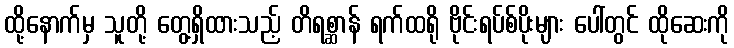
ထို့နောက်မှ သူတို့ တွေ့ရှိထားသည့် တိရစ္ဆာန် ရက်ထရို ဗိုင်းရပ်စ်ပိုးများ ပေါ်တွင် ထိုဆေးကို